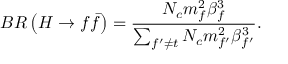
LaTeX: B R \left( H \rightarrow f \bar { f } \right) = \frac { N _ { c } m _ { f } ^ { 2 } \beta _ { f } ^ { 3 } } { \sum _ { f ^ { \prime } \ne t } N _ { c } m _ { f ^ { \prime } } ^ { 2 } \beta _ { f ^ { \prime } } ^ { 3 } } .